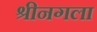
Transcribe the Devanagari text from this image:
श्रीनगला